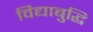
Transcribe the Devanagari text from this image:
विद्याबुद्धि